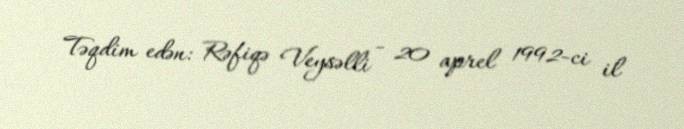
Təqdim edən: Rəfiqə Veysəlli - 20 aprel 1992-ci il